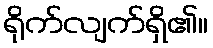
ရိုက်လျက်ရှိ၏။